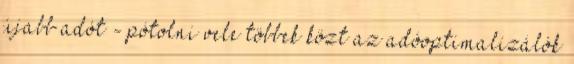
újabb adót - pótolni vele többek közt az adóoptimalizálók